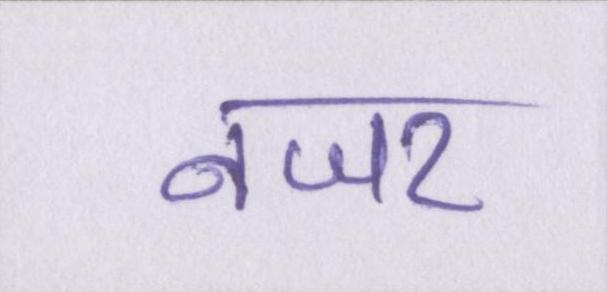
नजर